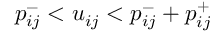
p _ { i j } ^ { - } < u _ { i j } < p _ { i j } ^ { - } + p _ { i j } ^ { + }